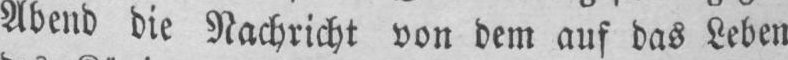
Abend die Nachricht von dem auf das Leben